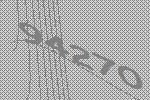
94270